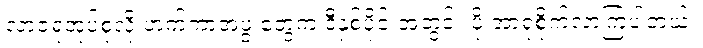
လာဇရုအုပ်စုလို ဟက်ကာအဖွဲ့ တွေက ဒီနှစ်ပိုင်းအတွင်း ပို အာရုံစိုက်လာကြပါတယ်။